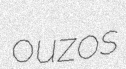
ouzos